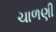
ચાળણી